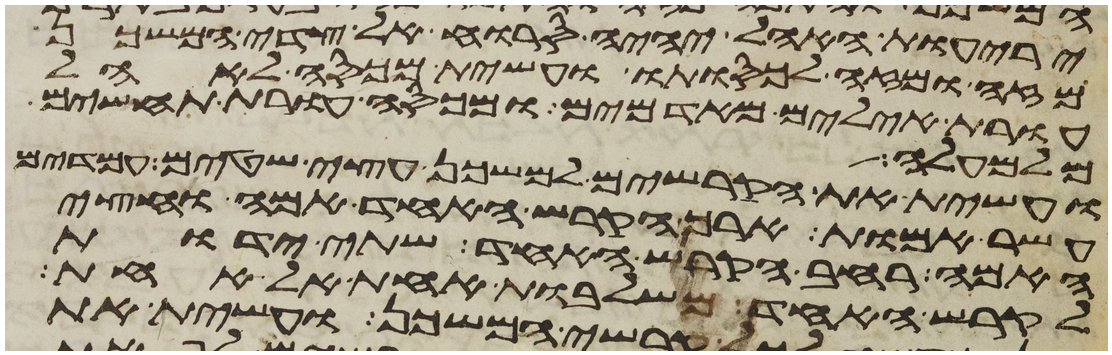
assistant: יריעות האהל יהיה סרוח אל צדי המשכן
מזה ומזה לכסותו ועשית מכסה לאהל
עורת אילים מאדמים ומכסה עורת תחשים
מלמעלה
ועשית את הקרשים למשכן עצי שטים עמדים
עשר אמות ארך הקרש האחד אמה וחצי
האמה רחב הקרש האחד שתי ידות
לקרש האחד משלבות אחת אל אחת